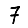
Digit: 7